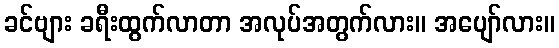
ခင်ဗျား ခရီးထွက်လာတာ အလုပ်အတွက်လား။ အပျော်လား။